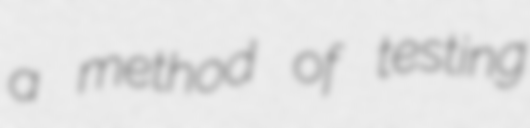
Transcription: a method of testing